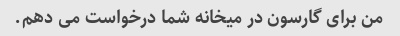
من برای گارسون در میخانه شما درخواست می دهم.